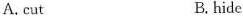
A.cut B. hide